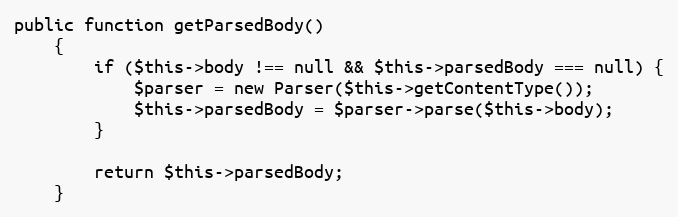
Language: PHP
public function getParsedBody()
    {
        if ($this->body !== null && $this->parsedBody === null) {
            $parser = new Parser($this->getContentType());
            $this->parsedBody = $parser->parse($this->body);
        }

        return $this->parsedBody;
    }